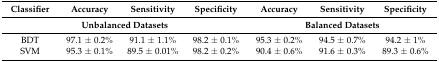
<table><thead><tr><td><b>Classifier</b></td><td><b>Accuracy</b></td><td><b>Sensitivity</b></td><td><b>Specificity</b></td><td><b>Accuracy</b></td><td><b>Sensitivity</b></td><td><b>Specificity</b></td></tr><tr><td colspan="4"><b>Unbalanced Datasets</b></td><td colspan="3"><b>Balanced Datasets</b></td></tr></thead><tbody><tr><td>BDT</td><td>97.1 ± 0.2%</td><td>91.1 ± 1.1%</td><td>98.2 ± 0.1%</td><td>95.3 ± 0.2%</td><td>94.5 ± 0.7%</td><td>94.2 ± 1%</td></tr><tr><td>SVM</td><td>95.3 ± 0.1%</td><td>89.5 ± 0.01%</td><td>98.2 ± 0.2%</td><td>90.4 ± 0.6%</td><td>91.6 ± 0.3%</td><td>89.3 ± 0.6%</td></tr></tbody></table>